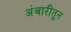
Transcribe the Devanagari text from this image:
अंबारीतून